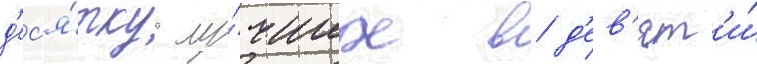
д'ес'я́тку лу́чших в д'ев'ят'и́